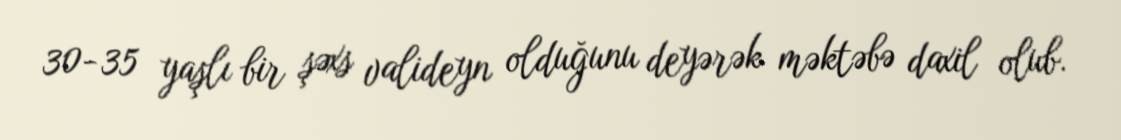
30-35 yaşlı bir şəxs valideyn olduğunu deyərək məktəbə daxil olub.